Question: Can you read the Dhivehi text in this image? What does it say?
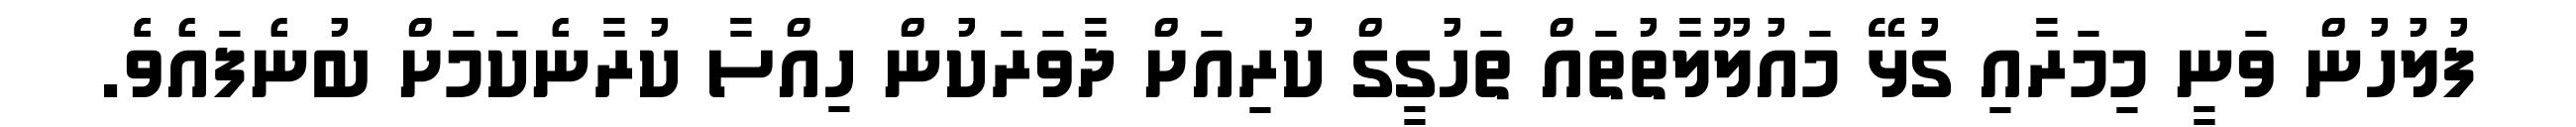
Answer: ފުލުހުން ވަނީ މިމަރާއި ގުޅޭ މައުލޫލާތުތައް ތަހުގީގް ކުރިއަށް ދާވަރަކުން ހިއްސާ ކުރާނެކަމަށް ބުނެފައެވެެ.